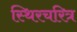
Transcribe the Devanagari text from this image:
स्थिरचरित्र